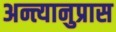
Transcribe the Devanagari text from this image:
अन्त्यानुप्रास